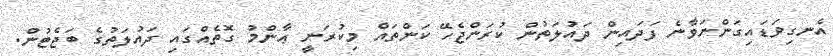
އެނގިވަޑައިގަންނަވާނެ ފަދައިން ދައުލަތުން ކުރަންޖެހޭ ކަންތައް މިކުރަނީ ޢާންމު ގޮތެއްގައި ދައުލަތުގެ ބަޖެޓުން.